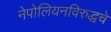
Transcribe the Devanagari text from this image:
नेपोलियनविरुद्धचे